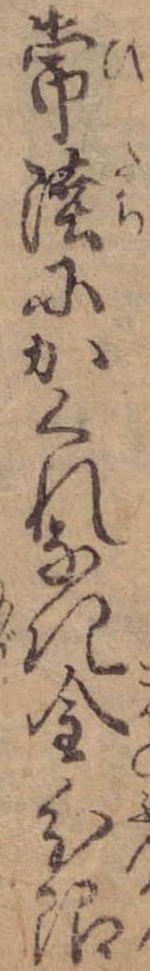
常陸にかくれなき金分限